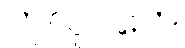
ကုလူပကေ